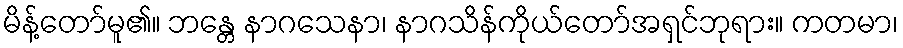
မိန့်တော်မူ၏။ ဘန္တေ နာဂသေနာ၊ နာဂသိန်ကိုယ်တော်အရှင်ဘုရား။ ကတမာ၊